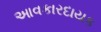
આવકારદાયક